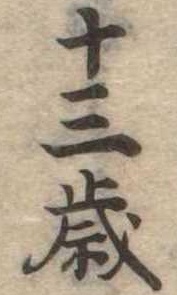
十三歳